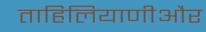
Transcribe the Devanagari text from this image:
ताहिलियाणीऔर